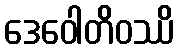
ဒေဝေါတိဝဿိ